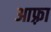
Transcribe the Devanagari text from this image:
आफ़्रा